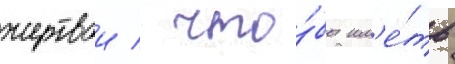
жертвои / что́бы им'е́ть